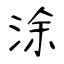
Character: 涂